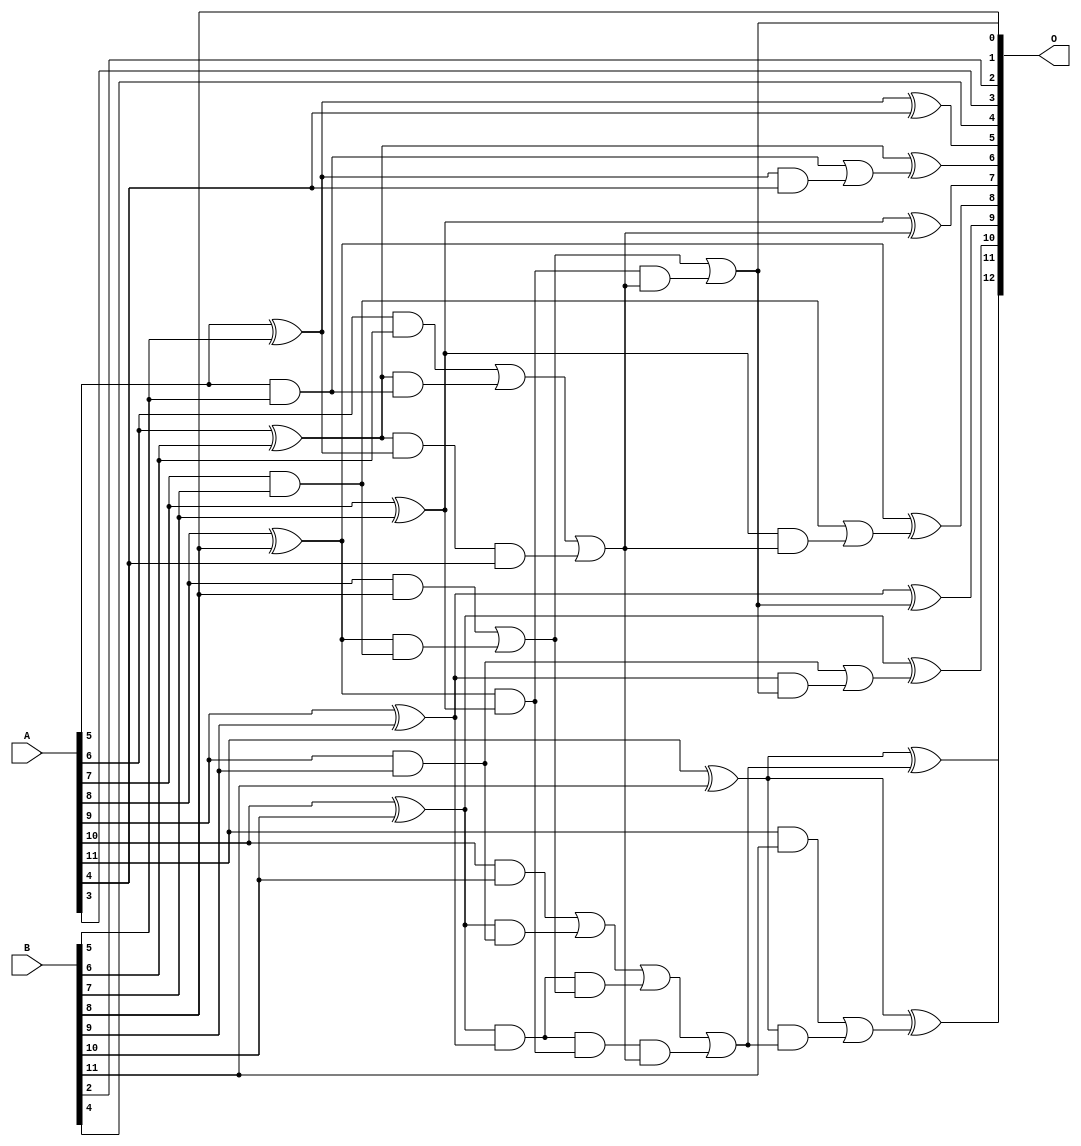
/***
* This code is a part of EvoApproxLib library (ehw.fit.vutbr.cz/approxlib) distributed under The MIT License.
* When used, please cite the following article(s): V. Mrazek, L. Sekanina, Z. Vasicek "Libraries of Approximate Circuits: Automated Design and Application in CNN Accelerators" IEEE Journal on Emerging and Selected Topics in Circuits and Systems, Vol 10, No 4, 2020 
* This file contains a circuit from a sub-set of pareto optimal circuits with respect to the pwr and wce parameters
***/
// MAE% = 0.20 %
// MAE = 8.2 
// WCE% = 0.46 %
// WCE = 19 
// WCRE% = 1800.00 %
// EP% = 96.97 %
// MRE% = 3.25 %
// MSE = 90 
// PDK45_PWR = 0.033 mW
// PDK45_AREA = 66.6 um2
// PDK45_DELAY = 0.60 ns

module add12se_57E (
    A,
    B,
    O
);

input [11:0] A;
input [11:0] B;
output [12:0] O;

wire sig_34,sig_35,sig_36,sig_37,sig_38,sig_39,sig_40,sig_41,sig_42,sig_43,sig_44,sig_45,sig_46,sig_47,sig_48,sig_55,sig_56,sig_57,sig_58,sig_59;
wire sig_60,sig_61,sig_62,sig_63,sig_67,sig_69,sig_70,sig_71,sig_73,sig_74,sig_75,sig_78,sig_79,sig_84,sig_85,sig_86,sig_87,sig_88,sig_89,sig_90;
wire sig_91,sig_96,sig_97,sig_98,sig_99,sig_100,sig_101,sig_102,sig_103;

assign sig_34 = A[5] & B[5];
assign sig_35 = A[5] ^ B[5];
assign sig_36 = A[6] & B[6];
assign sig_37 = A[6] ^ B[6];
assign sig_38 = A[7] & B[7];
assign sig_39 = A[7] ^ B[7];
assign sig_40 = A[8] & B[8];
assign sig_41 = A[8] ^ B[8];
assign sig_42 = A[9] & B[9];
assign sig_43 = A[9] ^ B[9];
assign sig_44 = A[10] & B[10];
assign sig_45 = A[10] ^ B[10];
assign sig_46 = A[11] & B[11];
assign sig_47 = A[11] ^ B[11];
assign sig_48 = A[11] ^ B[11];
assign sig_55 = sig_37 & sig_34;
assign sig_56 = sig_37 & sig_35;
assign sig_57 = sig_36 | sig_55;
assign sig_58 = sig_41 & sig_38;
assign sig_59 = sig_41 & sig_39;
assign sig_60 = sig_40 | sig_58;
assign sig_61 = sig_45 & sig_42;
assign sig_62 = sig_45 & sig_43;
assign sig_63 = sig_44 | sig_61;
assign sig_67 = sig_56 & A[4];
assign sig_69 = sig_62 & sig_60;
assign sig_70 = sig_62 & sig_59;
assign sig_71 = sig_63 | sig_69;
assign sig_73 = sig_57 | sig_67;
assign sig_74 = sig_70 & sig_73;
assign sig_75 = sig_71 | sig_74;
assign sig_78 = sig_59 & sig_73;
assign sig_79 = sig_60 | sig_78;
assign sig_84 = sig_35 & A[4];
assign sig_85 = sig_34 | sig_84;
assign sig_86 = sig_39 & sig_73;
assign sig_87 = sig_38 | sig_86;
assign sig_88 = sig_43 & sig_79;
assign sig_89 = sig_42 | sig_88;
assign sig_90 = sig_47 & sig_75;
assign sig_91 = sig_46 | sig_90;
assign sig_96 = sig_35 ^ A[4];
assign sig_97 = sig_37 ^ sig_85;
assign sig_98 = sig_39 ^ sig_73;
assign sig_99 = sig_41 ^ sig_87;
assign sig_100 = sig_43 ^ sig_79;
assign sig_101 = sig_45 ^ sig_89;
assign sig_102 = sig_47 ^ sig_75;
assign sig_103 = sig_48 ^ sig_91;

assign O[12] = sig_103;
assign O[11] = sig_102;
assign O[10] = sig_101;
assign O[9] = sig_100;
assign O[8] = sig_99;
assign O[7] = sig_98;
assign O[6] = sig_97;
assign O[5] = sig_96;
assign O[4] = B[4];
assign O[3] = A[3];
assign O[2] = B[2];
assign O[1] = sig_79;
assign O[0] = B[8];

endmodule